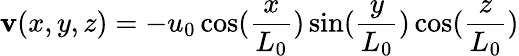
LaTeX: \mathbf{v}(x,y,z)=-u_{0}\cos(\frac{{x}}{{L_{0}}})\sin(\frac{{y}}{{L_{0}}})\cos(\frac{{z}}{{L_{0}}})